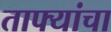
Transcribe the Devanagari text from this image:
ताफ्यांचा